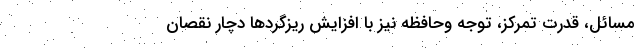
مسائل، قدرت تمرکز، توجه وحافظه نیز با افزایش ریزگرد‌ها دچار نقصان